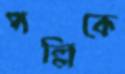
পল্লিকে